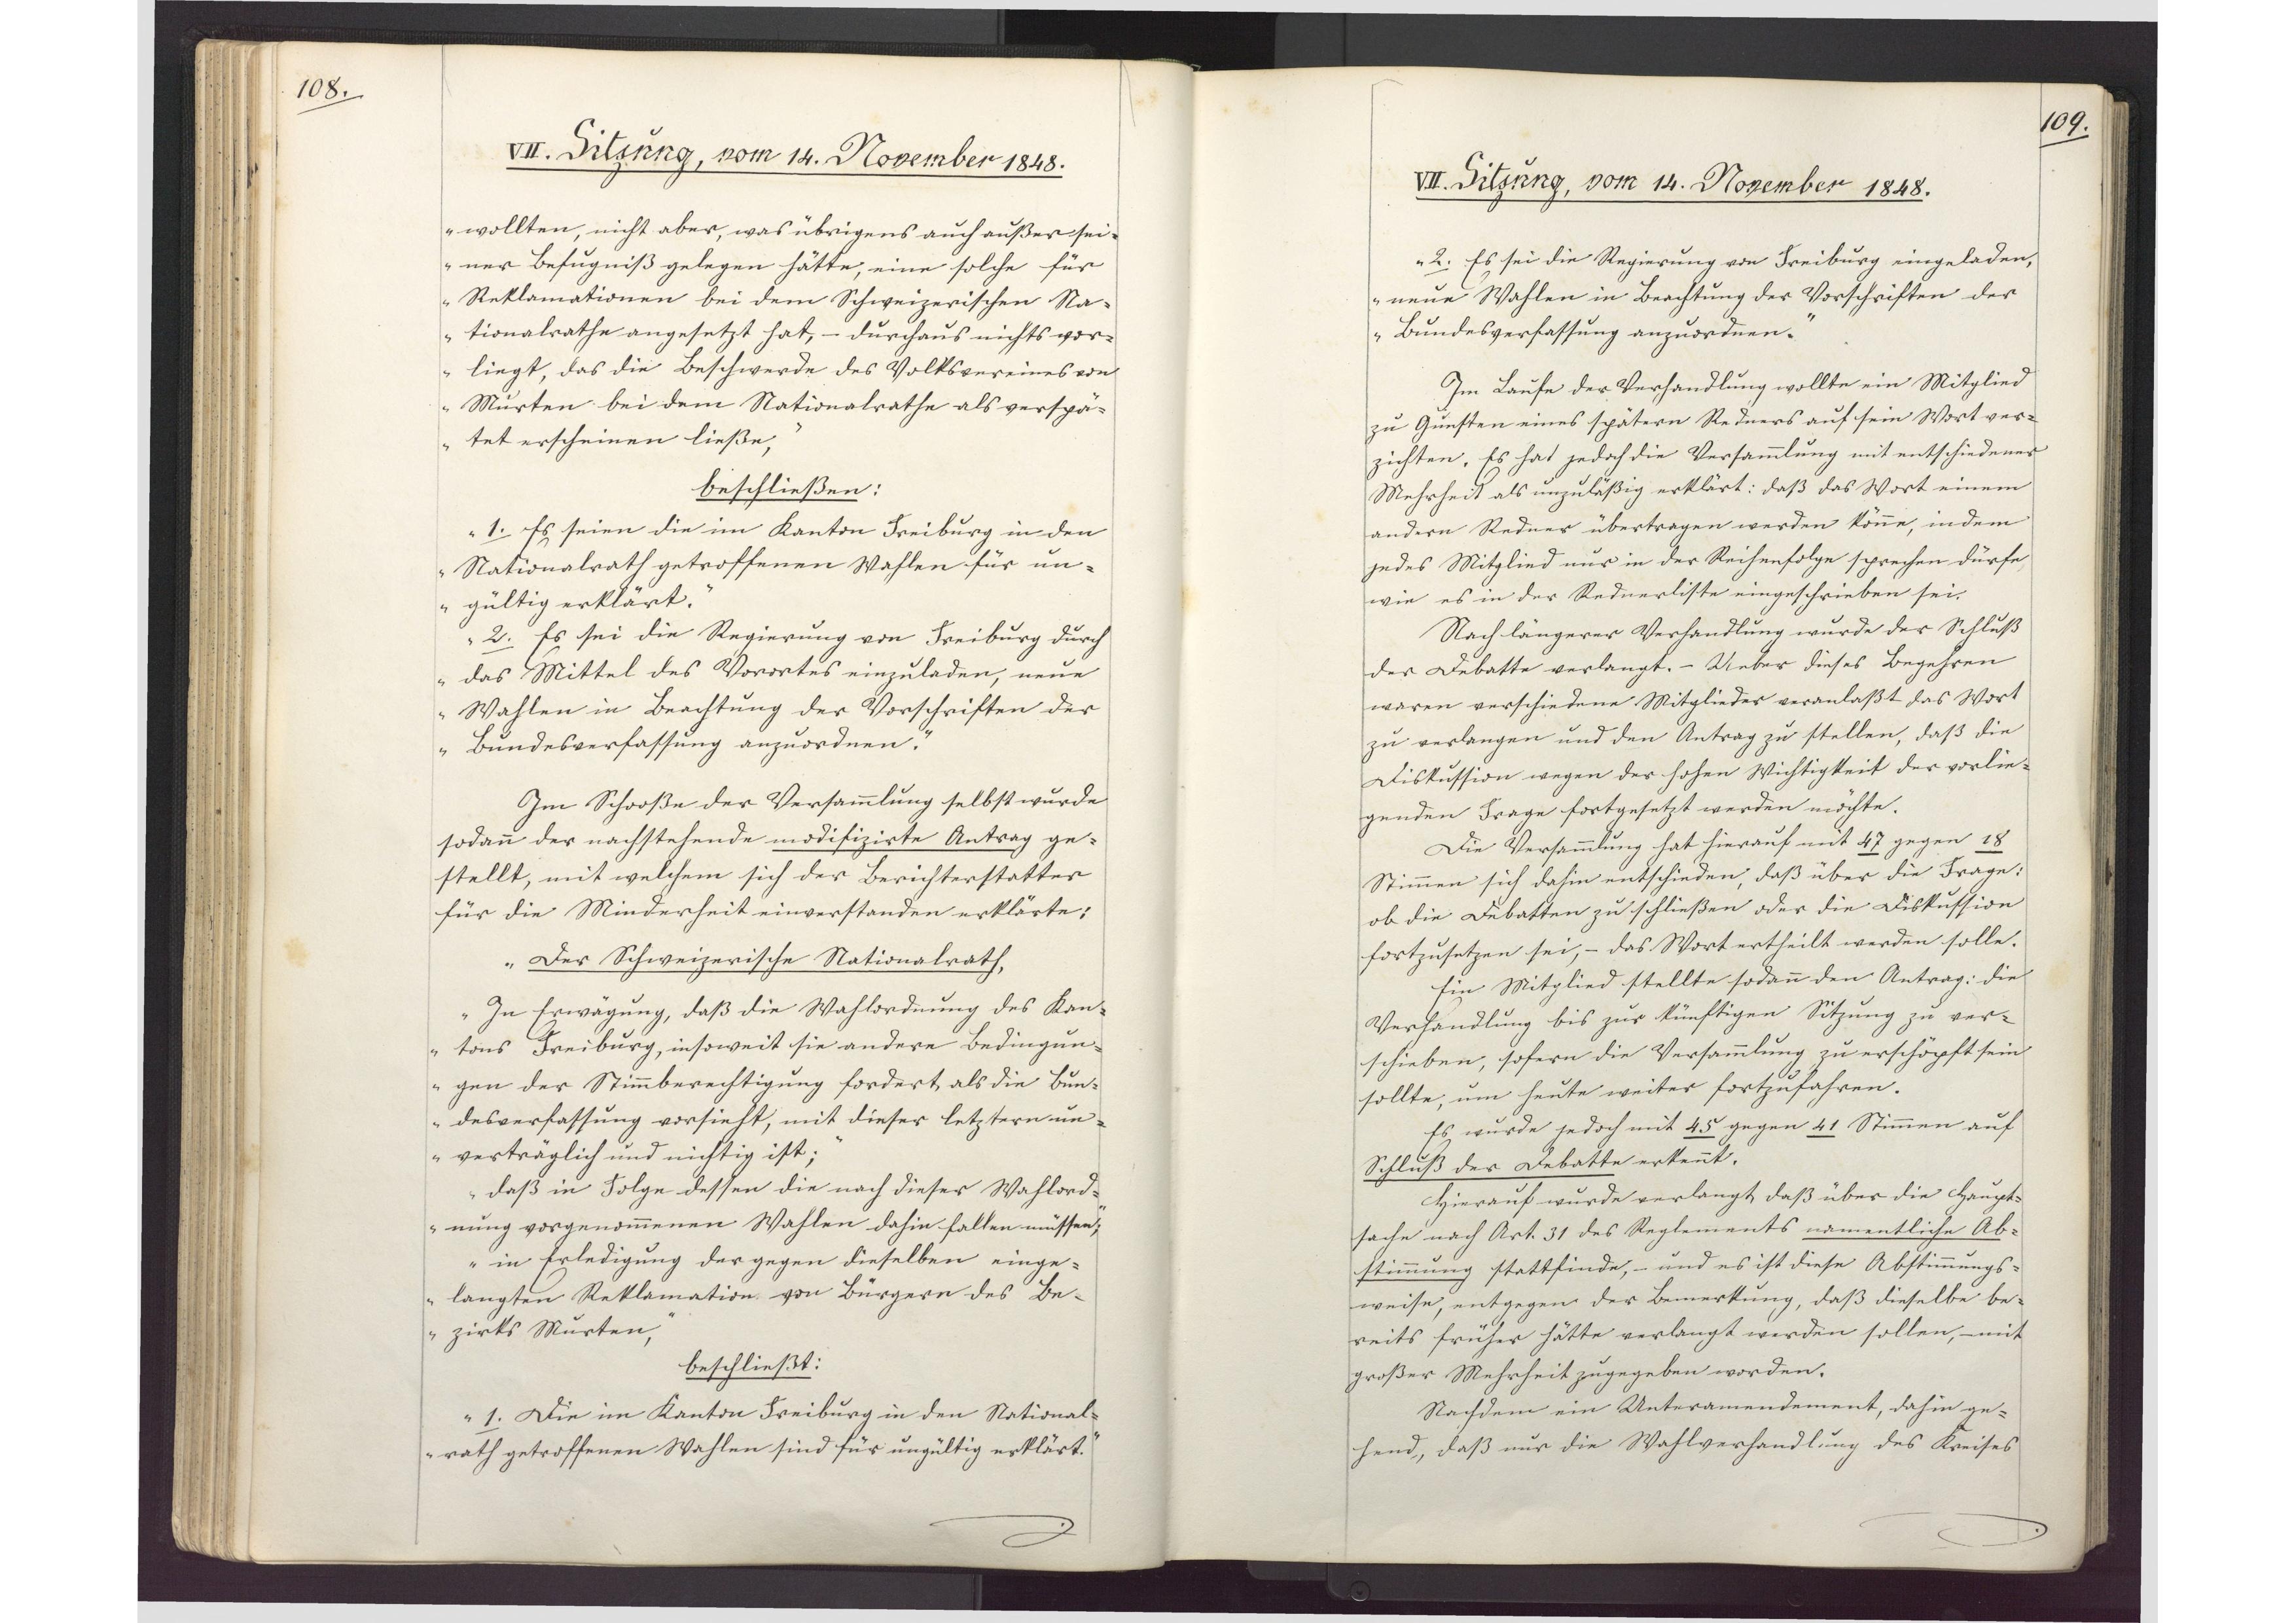
108.

VII. Sitzung, vom 14. November 1848.

wollten, nicht aber, was übrigens auch außer sei¬
ner Befugniß gelegen hätte, eine solche für
Reklamationen bei dem Schweizerischen Na¬
tionalrathe angesetzt hat, - durchaus nichts vor¬
liegt, das die Beschwerde des Volksvereines von
Murten bei dem Nationalrathe als verspä¬
tet erscheinen ließe,"
beschließen:
"1. Es seien die im Kanton Freiburg in den
Nationalrath getroffenen Wahlen für un¬
gültig erklärt.
2. Es sei die Regierung von Freiburg durch
das Mittel des Vorortes einzuladen, neue
Wahlen in Beachtung der Vorschriften der
Bundesverfassung anzuordnen."
Im Schooße der Versammlung selbst wurde
sodann der nachstehende modifizirte Antrag ge¬
stellt, mit welchem sich der Berichterstatter
für die Minderheit einverstanden erklärte:
"Der Schweizerische Nationalrath,
In Erwägung, daß die Wahlordnung des Kan¬
tons Freiburg, insoweit sie andere Bedingun¬
gen der Stimmberechtigung fordert, als die Bun¬
desverfassung vorsieht, mit dieser letztern un¬
verträglich und nichtig ist;
daß in Folge dessen die nach dieser Wahlord¬
nung vorgenommenen Wahlen dahin fallen müssen;
in Erledigung der gegen dieselben einge¬
langten Reklamation von Bürgern des Be¬
zirks Murten,"
beschließt:
"1. Die im Kanton Freiburg in den National¬
rath getroffenen Wahlen sind für ungültig erklärt.

109.

VII. Sitzung, vom 14. November 1848.

2. Es sei die Regierung von Freiburg eingeladen,
neue Wahlen in Beachtung der Vorschriften der
Bundesverfassung anzuordnen."
Im Laufe der Verhandlung wollte ein Mitglied
zu Gunsten eines spätern Redners auf sein Wort ver¬
zichten. Es hat jedoch die Versammlung mit entschiedener
Mehrheit als unzuläßig erklärt: daß das Wort einem
andern Redner übertragen werden könne, indem
jedes Mitglied nur in der Reihenfolge sprechen dürfe,
wie es in der Rednerliste eingeschrieben sei.
Nach längerer Verhandlung wurde der Schluß
der Debatte verlangt. - Ueber dieses Begehren
waren verschiedene Mitglieder veranlaßt das Wort
zu verlangen und den Antrag zu stellen, daß die
Diskussion wegen der hohen Wichtigkeit der vorlie¬
genden Frage fortgesetzt werden möchte.
Die Versammlung hat hierauf mit 47 gegen 18
Stimmen sich dahin entschieden, daß über die Frage:
ob die Debatten zu schließen oder die Diskussion
fortzusetzen sei, - das Wort ertheilt werden solle.
Ein Mitglied stellte sodann den Antrag: die
Verhandlung bis zur künftigen Sitzung zu ver¬
schieben, sofern die Versammlung zu erschöpft sein
sollte, um heute weiter fortzufahren.
Es wurde jedoch mit 45 gegen 41 Stimmen auf
Schluß der Debatte erkennt.
Hierauf wurde verlangt, daß über die Haupt¬
sache nach Art. 31 des Reglements namentliche Ab¬
stimmung stattfinde, - und es ist diese Abstimmungs¬
weise, entgegen der Bemerkung, daß dieselbe be¬
reits früher hätte verlangt werden sollen, mit
großer Mehrheit zugegeben worden.
Nachdem ein Unteramendement, dahin ge¬
hend, daß nur die Wahlverhandlung des Kreises